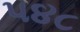
૫૪૮